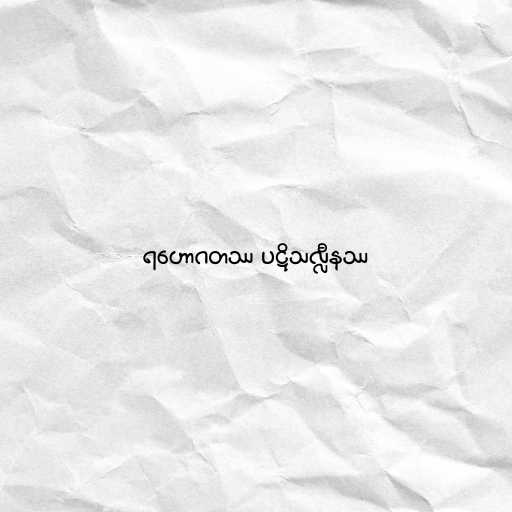
ရဟောဂတဿ ပဋိသလ္လီနဿ